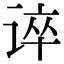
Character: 谇